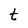
Character: t